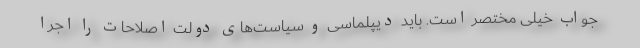
‌جواب خیلی مختصر است. باید دیپلماسی و سیاست‌های دولت اصلاحات را اجرا